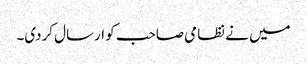
میں نے نظامی صاحب کو ارسال کردی۔